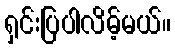
ရှင်းပြပါလိမ့်မယ်။